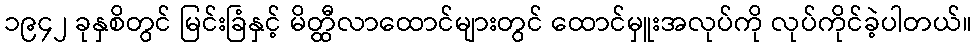
၁၉၄၂ ခုနှစိတွင် မြင်းခြံနှင့် မိတ္ထီလာထောင်များတွင် ထောင်မှူးအလုပ်ကို လုပ်ကိုင်ခဲ့ပါတယ်။